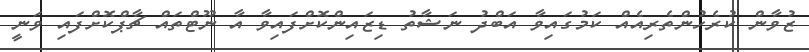
ޒުވާން ކުރެހުންތެރިއެއް ކަމުގައިވާ އަބްދު ނަޝާތު ޑިޒައިންކޮށްފައިވާ އާ ނޫޓްތައް ޗާޕްކޮށްފައި ވަނީ